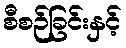
စီစဉ်ခြင်းနှင့်